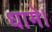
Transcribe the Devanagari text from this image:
धामे।